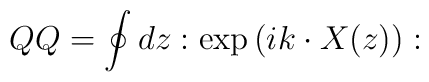
QQ=\oint dz :\exp\left(ik \cdot X(z)\right):